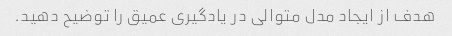
هدف از ایجاد مدل متوالی در یادگیری عمیق را توضیح دهید.